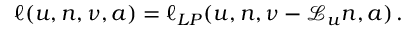
\begin{array} { r } { \ell ( u , n , \nu , a ) = \ell _ { L P } ( u , n , \nu - \mathcal { L } _ { u } n , a ) \, . } \end{array}